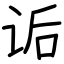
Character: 诟